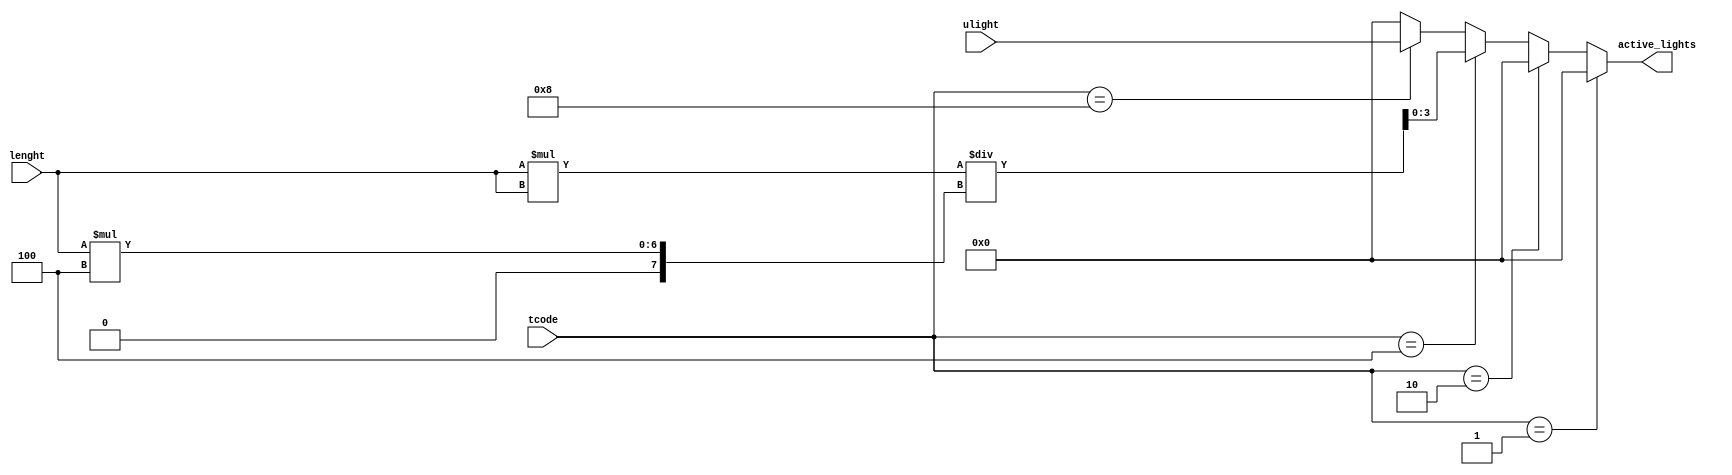
/*--  *******************************************************
--  Computer Architecture Course, Laboratory Sources 
--  Amirkabir University of Technology (Tehran Polytechnic)
--  Department of Computer Engineering (CE-AUT)
--  https://ce[dot]aut[dot]ac[dot]ir
--  *******************************************************
--  All Rights reserved (C) 2019-2020
--  *******************************************************
--  Student ID  : 
--  Student Name: 
--  Student Mail: 
--  *******************************************************
--  Additional Comments:
--
--*/

/*-----------------------------------------------------------
---  Module Name: Active Lights
---  Description: Module4: 
-----------------------------------------------------------*/
`timescale 1 ns/1 ns

module ActiveLamps (
	input  [3:0] tcode  , // time code    [table2 time code   ]
	input  [3:0] ulight , // user light   [light degree mode  ]
    input  [3:0] lenght     , // room length  [square room lenght ]
	output [3:0] active_lights  // number of active light
);
	reg  [3:0] active_lights1;
	wire [3:0] four=4'b0100;
	wire [7:0] s=lenght *lenght;
	wire [7:0] p=lenght * four;
	wire [3:0] sp=s/p;
	always @(tcode or lenght or ulight or sp) begin
		if(tcode == 4'b0001) begin
			active_lights1= 4'b0000;
			end
		else if (tcode == 4'b0010) begin
				active_lights1= 4'b0000;
				end
		else if (tcode== 4'b0100) begin
				active_lights1=sp;
				end
		else if(tcode==4'b1000) begin
				active_lights1=ulight;
				end
		else begin
				active_lights1=4'b0000;
				end
		end
		assign active_lights=active_lights1;

endmodule